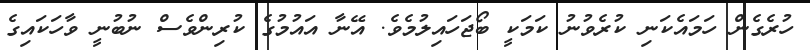
ހުރެގެން ހަމައެކަނި ކުރެވުނު ކަމަކީ ބޯޖަހައިލުމެވެ. އޭނާ އައުމުގެ ކުރިންވެސް ނުބުނީ ވާހަކައިގެ